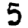
Digit: 5